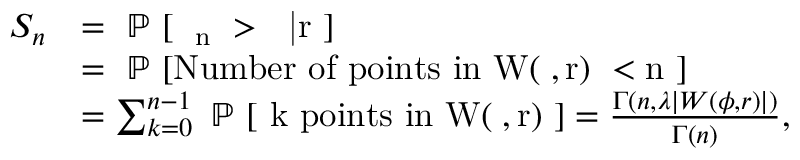
\begin{array} { r l } { S _ { n } } & { = \mathrm { ~ \mathbb { P } ~ [ ~ \phi _ n ~ > ~ \phi | r ~ ] } } \\ & { = \mathrm { ~ \mathbb { P } ~ [ N u m b e r ~ o f ~ p o i n t s ~ i n ~ W ( \phi , r ) ~ < n ~ ] } } \\ & { = \sum _ { k = 0 } ^ { n - 1 } \mathrm { ~ \mathbb { P } ~ [ ~ k ~ p o i n t s ~ i n ~ W ( \phi , r ) ~ ] } = \frac { \Gamma ( n , \lambda | W ( \phi , r ) | ) } { \Gamma ( n ) } , } \end{array}